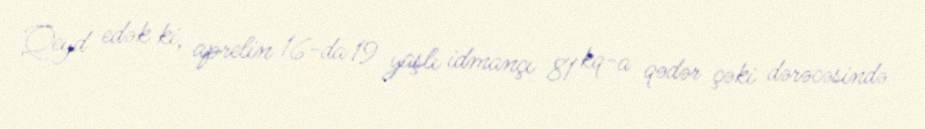
Qeyd edək ki, aprelin 16-da 19 yaşlı idmançı 81 kq-a qədər çəki dərəcəsində